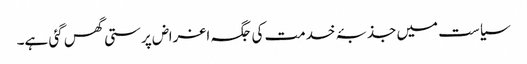
سیاست میں جذبۂ خدمت کی جگہ اغراض پرستی گھس گئی ہے۔